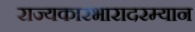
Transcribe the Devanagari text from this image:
राज्यकारभारादरम्यान